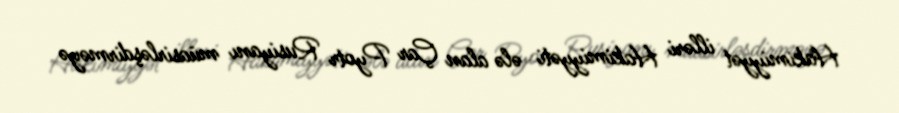
Hakimiyyət illəri Hakimiyyəti ələ alan Çar Pyotr Rusiyanı müasirləşdirməyə